Indian journal of veterinary science and animal husbandry - Volumes 26-27, 1956-1957
Year: 1956
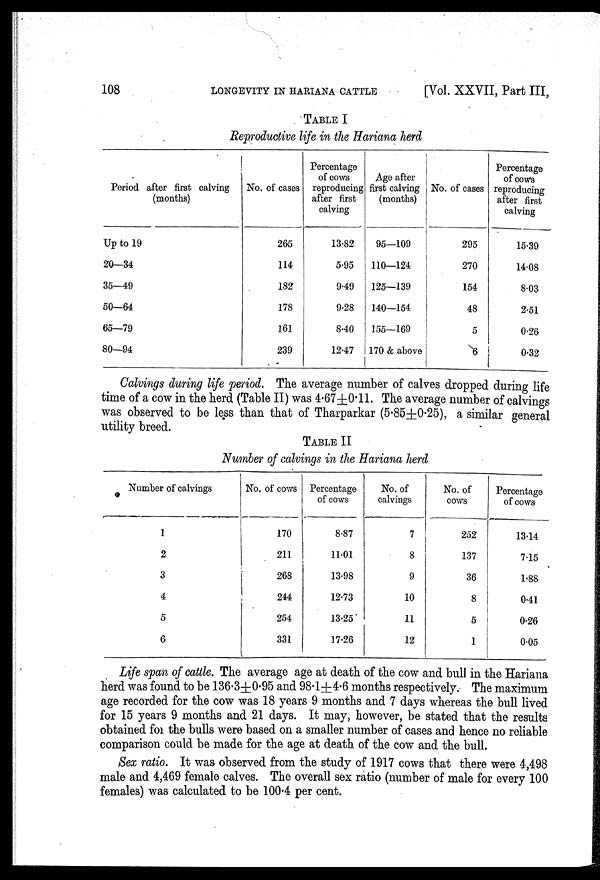
108
LONGEVITY IN HARIANA CATTLE
[Vol. XXVII, Part III,
TABLE I
Reproductive life in the Hariana herd
Period after first calving
(months)
Up to 19
20—34
35—49
50—64
65—79
80—94
No. of cases
265
114
182
178
161
239
Percentage
of cows
reproducing
after first
calving
13.82
5.95
9.49
9.28
8.40
12.47
Age after
first calving
(months)
95—109
110—124
125—139
140—154
155—169
170 & above
No. of cases
295
270
154
48
5
6
Percentage
of cows
reproducing
after first
calving
15.39
14.08
8.03
2.51
0.26
0.32
Calvings during life period. The average number of calves dropped during life
time of a cow in the herd (Table II) was 4.67±0.11. The average number of calvings
was observed to be less than that of Tharparkar (5.85±0.25), a similar general
utility breed.
TABLE II
Number of calvings in the Hariana herd
Number of calvings
1
2
3
4
5
6
No. of cows
170
211
268
244
254
331
Percentage
of cows
8.87
11.01
13.98
12.73
13.25
17.26
No. of
calvings
7
8
9
10
11
12
No. of
cows
252
137
36
8
5
1
Percentage
of cows
13.14
7.15
1.88
0.41
0.26
0.05
Life span of cattle. The average age at death of the cow and bull in the Hariana
herd was found to be 136.3±0.95 and 98.1±4.6 months respectively. The maximum
age recorded for the cow was 18 years 9 months and 7 days whereas the bull lived
for 15 years 9 months and 21 days. It may, however, be stated that the results
obtained for the bulls were based on a smaller number of cases and hence no reliable
comparison could be made for the age at death of the cow and the bull.
Sex ratio. It was observed from the study of 1917 cows that there were 4,498
male and 4,469 female calves. The overall sex ratio (number of male for every 100
females) was calculated to be 100.4 per cent.